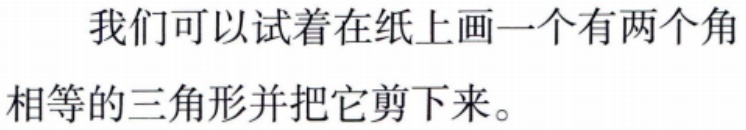
我们可以试着在纸上画一个有两个角相等的三角形并把它剪下来。